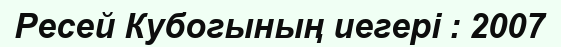
Ресей Кубогының иегері : 2007